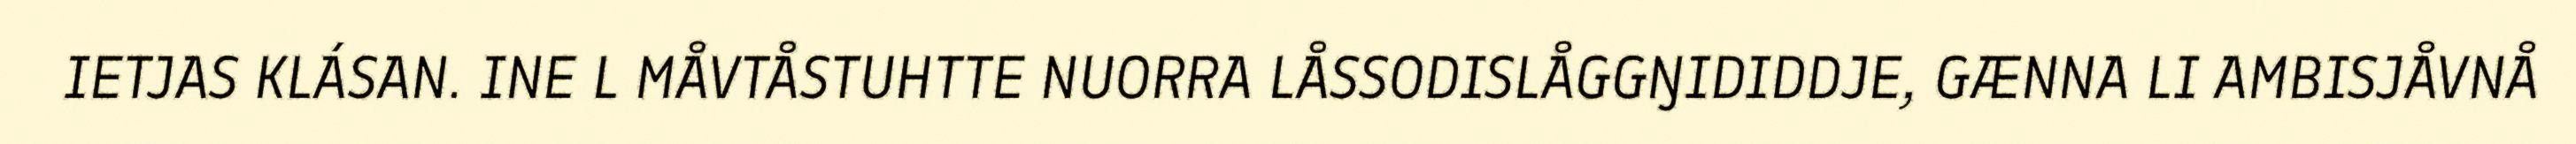
IETJAS KLÁSAN. INE L MÅVTÅSTUHTTE NUORRA LÅSSODISLÅGGŊIDIDDJE, GÆNNA LI AMBISJÅVNÅ